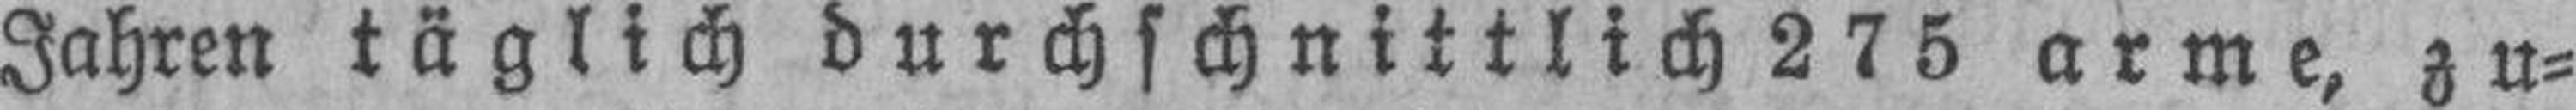
Jahren täglich durchschnittlich 275 arme, zu¬